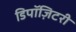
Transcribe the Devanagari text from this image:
डिपॉज़िटरी